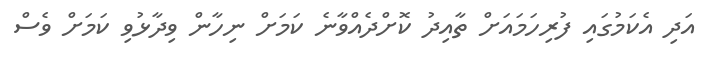
އަދި އެކަމުގައި ފުރިހަމައަށް ތާއިދު ކޮށްދެއްވާނެ ކަމަށް ނިހާން ވިދާޅުވި ކަަމަށް ވެސް